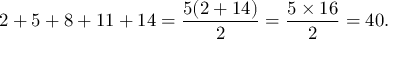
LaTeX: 2 + 5 + 8 + 1 1 + 1 4 = { \frac { 5 ( 2 + 1 4 ) } { 2 } } = { \frac { 5 \times 1 6 } { 2 } } = 4 0 .